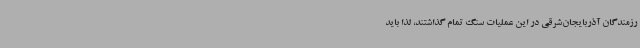
رزمندگان آذربایجان‌شرقی در این عملیات سنگ تمام گذاشتند، لذا باید